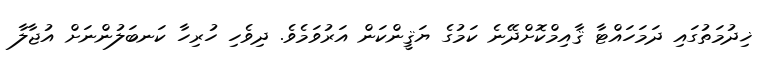
ޚިދުމަތުގައި ދަމަހައްޓާ ޤާއިމްކޮށްދޭނެ ކަމުގެ ޔަޤީންކަން އަރުވަމެވެ. ދިވެހި ހުރިހާ ކަނބަލުންނަށް އުޖާލާ